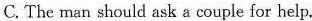
C. The man should ask a couple for help.